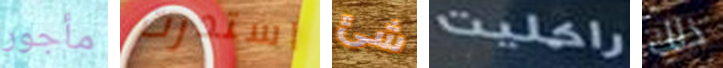
مأجور استدرت شئ راكليت ذلك